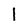
Character: l